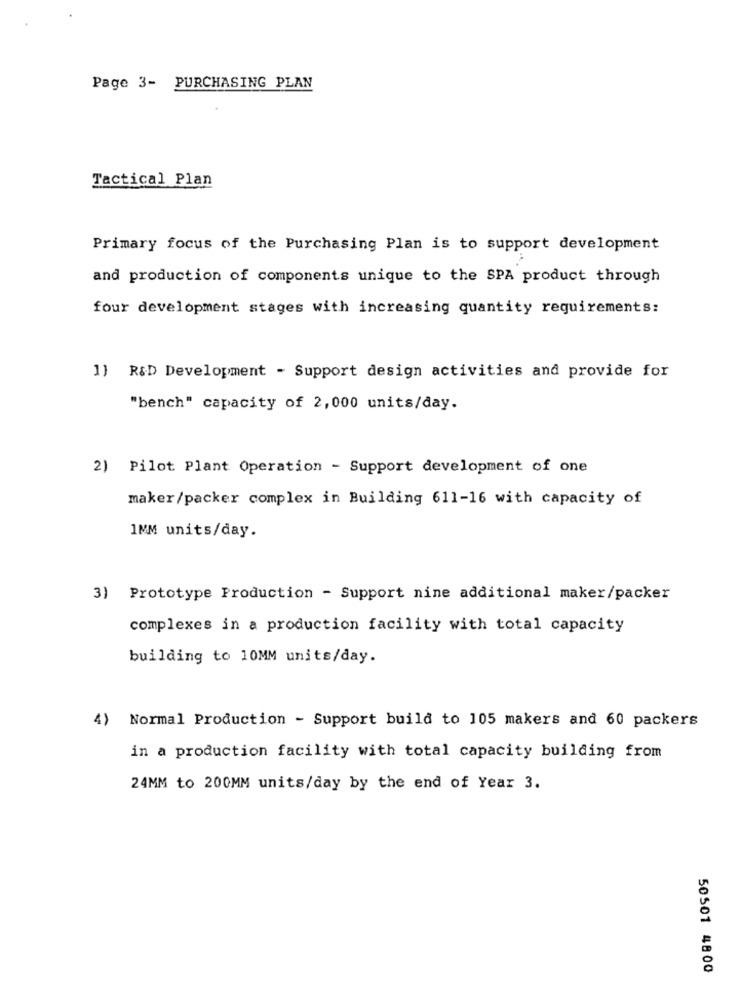
Page 3- PURCHASING PLAN
Tactical Plan
Primary focus of the Purchasing Plan is to support development
and production of components unique to the SPA product through
four development stages with increasing quantity requirements:
1) R&D Development - Support design activities and provide for
"bench" capacity of 2,000 units/day.
2) Pilot Plant Operation - Support development of one
maker/packer complex in Building 611-16 with capacity of
1MM units/day.
3) Prototype Production - Support nine additional maker/packer
complexes in a production facility with total capacity
building to 10MM units/day.
4)
Normal Production - Support build to 105 makers and 60 packers
in a production facility with total capacity building from
24MM to 200MM units/day by the end of Year 3.
50501 4800